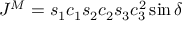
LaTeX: J ^ { M } = s _ { 1 } c _ { 1 } s _ { 2 } c _ { 2 } s _ { 3 } c _ { 3 } ^ { 2 } \sin \delta